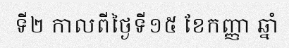
ទី២ កាលពីថ្ងៃទី១៥ ខែកញ្ញា ឆ្នាំ